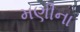
મણીના